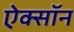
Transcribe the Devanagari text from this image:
ऐक्सॉन